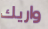
واريك